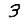
Digit: 3